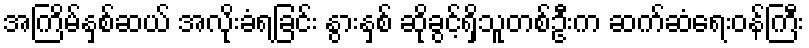
အကြိမ်နှစ်ဆယ် အလိုးခံရခြင်း နွားနှစ် ဆိုခွင့်ရှိသူတစ်ဦးက ဆက်ဆံရေးဝန်ကြီး